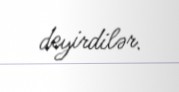
deyirdilər.